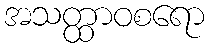
အသတ္ထာဝစရော